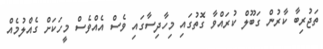
ތަޖުރިބާ ކާރުން ގަބޫލް ކުރައްވާ ގޮތުގައި މިހާދިސާގައި ވެސް އެއްވެސް މީހަކަށް ގެއްލުމެއް